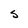
Character: S